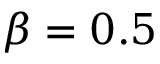
\beta = 0 . 5